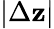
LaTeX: |\Delta\mathbf{z}|